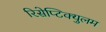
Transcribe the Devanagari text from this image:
रिसेप्टिक्युलम